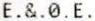
E.&.0.E.